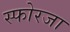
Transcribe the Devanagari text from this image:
स्फोरजा